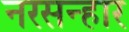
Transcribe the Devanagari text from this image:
नरसन्हार